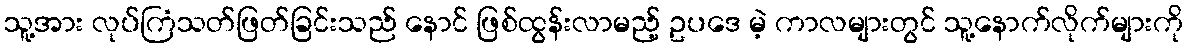
သူ့အား လုပ်ကြံသတ်ဖြတ်ခြင်းသည် နောင် ဖြစ်ထွန်းလာမည့် ဥပဒေ မဲ့ ကာလများတွင် သူ့နောက်လိုက်များကို